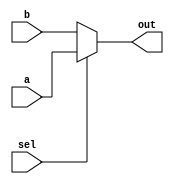
module mux_8_bit(a,b,sel,out);
input [7:0] a;
input [7:0] b;
input sel;

output  reg [7:0]out;

always @(*) 
  out <= sel ?  a : b ; 

endmodule